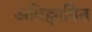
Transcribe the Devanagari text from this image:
अविज्ञापित